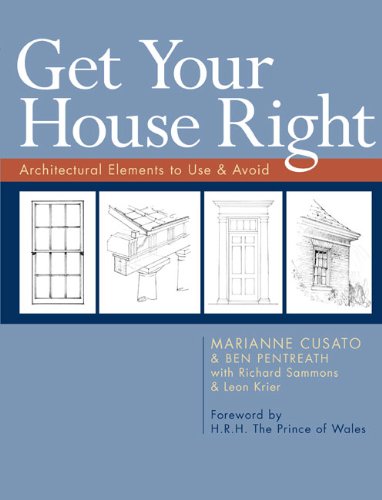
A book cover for Get Your House Right: Architectural Elements to Use & Avoid; Marianne Cusato; Engineering & Transportation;